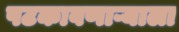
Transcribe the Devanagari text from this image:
पटकावणाऱ्याला